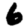
Digit: 6